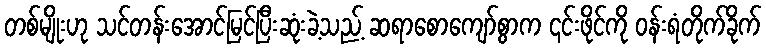
တစ်မျိုးဟု သင်တန်းအောင်မြင်ပြီးဆုံးခဲ့သည့် ဆရာစောကျော်စွာက ၎င်းဖိုင်ကို ဝန်းရံတိုက်ခိုက်